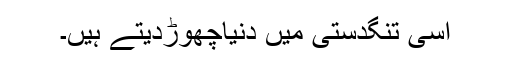
اسی تنگدستی میں دنیاچھوڑدیتے ہیں۔